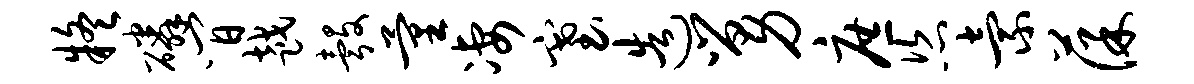
疑磷间越彀量凄塞造舅庶恣索葆